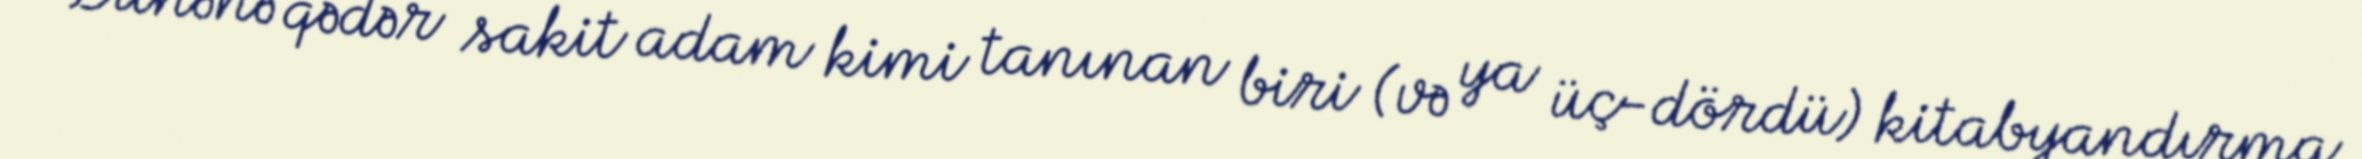
Dünənə qədər sakit adam kimi tanınan biri (və ya üç-dördü) kitabyandırma